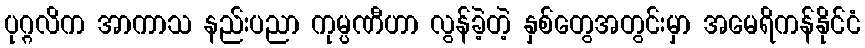
ပုဂ္ဂလိက အာကာသ နည်းပညာ ကုမ္ပဏီဟာ လွန်ခဲ့တဲ့ နှစ်တွေအတွင်းမှာ အမေရိကန်နိုင်ငံ